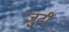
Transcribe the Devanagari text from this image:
जुटीं